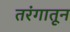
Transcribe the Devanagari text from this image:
तरंगातून